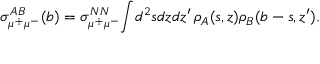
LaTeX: \sigma _ { \mu ^ { + } \mu ^ { - } } ^ { A B } ( b ) = \sigma _ { \mu ^ { + } \mu ^ { - } } ^ { N N } \! \int \! d ^ { 2 } s d z d z ^ { \prime } \, \rho _ { A } ( s , z ) \rho _ { B } ( b - s , z ^ { \prime } ) .